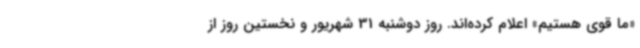
«ما قوی هستیم» اعلام کرده‌اند. روز دوشنبه 31 شهریور و نخستین روز از